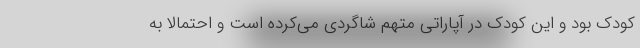
کودک بود و این کودک در آپاراتی متهم شاگردی می‌کرده است و احتمالا به